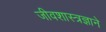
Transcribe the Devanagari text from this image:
जीवशास्त्रज्ञाने